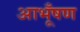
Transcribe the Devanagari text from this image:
आभूँषण